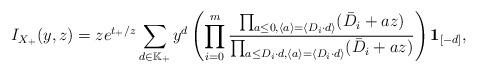
LaTeX: \begin{align*}I_{X_+}(y,z)=ze^{t_+/z}\sum_{d\in\mathbb K_{+}}y^{d}\left(\prod_{i=0}^{m}\frac{\prod_{a\leq 0,\langle a\rangle=\langle D_i\cdot d\rangle}(\bar{D}_i+az)}{\prod_{a \leq D_i\cdot d,\langle a\rangle=\langle D_i\cdot d\rangle}(\bar{D}_i+az)}\right)\textbf{1}_{[-d]},\end{align*}